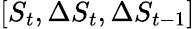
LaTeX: [S_{t},\Delta S_{t},\Delta S_{t-1}]